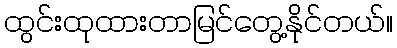
ထွင်းထုထားတာမြင်တွေ့နိုင်တယ်။